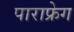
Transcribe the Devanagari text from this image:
पाराफ्रेग